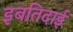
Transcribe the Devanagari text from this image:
इबतिदाई